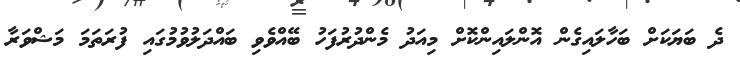
ދެ ބަޔަކަށް ބަހާލައިގެން އޮންލައިންކޮށް މިއަދު މެންދުރުފަހު ބޭއްވެވި ބައްދަލުވުމުގައި ފުރަތަމަ މަޝްވަރާ